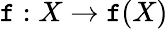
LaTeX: \mathtt{f}:X\to\mathtt{f}(X)